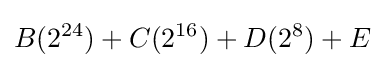
B(2^{24})+C(2^{16})+D(2^{8})+E